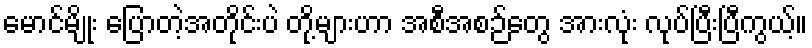
မောင်မျိုး ပြောတဲ့အတိုင်းပဲ တို့များဟာ အစီအစဉ်တွေ အားလုံး လုပ်ပြီးပြီကွယ့်။